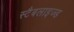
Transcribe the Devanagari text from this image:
स्टैबलाइज्ड